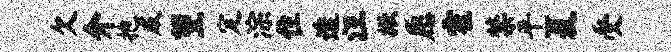
欠介抱威望定淙住透汪掀愿霍禁平夏受